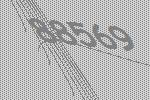
88569